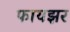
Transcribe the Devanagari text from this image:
फायझर